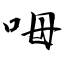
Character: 呣